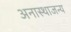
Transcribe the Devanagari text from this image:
अनास्थाजन्य